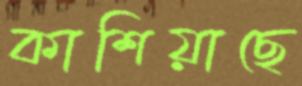
কাশিয়াছে